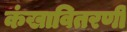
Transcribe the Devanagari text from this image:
कंखावितरणी